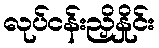
လုပ်ငန်းညှိနှိုင်း